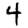
Digit: 4